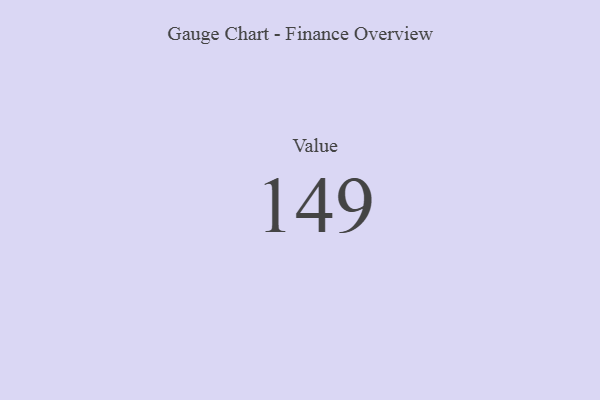
{"axis": {"x": "Metric", "y": "Value"}, "legend": [""], "data": [{"x": "Value", "y": 149, "type": ""}]}